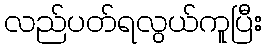
လည်ပတ်ရလွယ်ကူပြီး